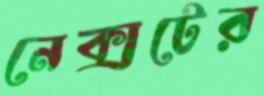
নেক্সটের